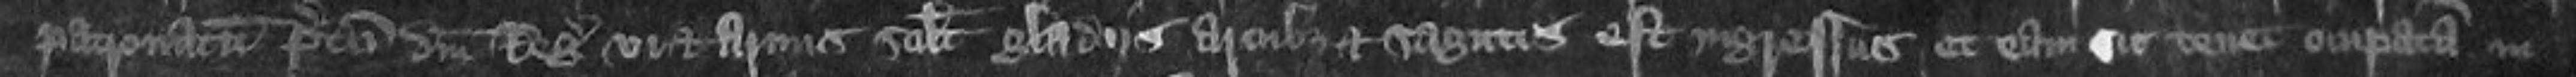
patronatum predicti domini Regis vi et armis scilicet gladiis arcubus et sagittis est ingressus et eam sit tenet occupatam in